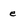
Character: e